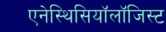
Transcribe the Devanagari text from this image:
एनेस्थिसियॉलॉजिस्ट